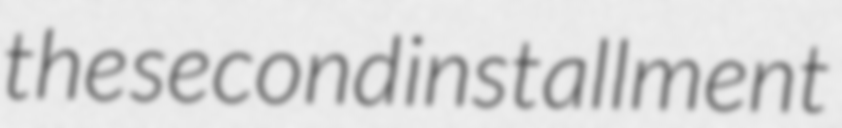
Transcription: the second installment